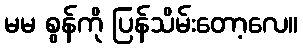
မမ စွန်ကို ပြန်သိမ်းတော့လေ။